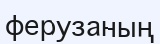
ферузаның